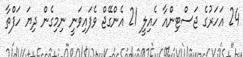
24 އަހަރުގެ ޖަސްޓިންއާ ހެއިލީ 21 އެންގޭޖް ވެފައިވަނީ ނިމިގެން ދިޔަ ހަފްތާ